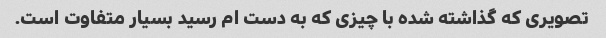
تصویری که گذاشته شده با چیزی که به دست ام رسید بسیار متفاوت است.